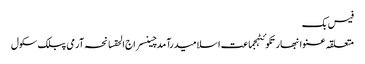
فیس بک
متعلقہ عنوانبھارتکوئٹہجماعت اسلامیدرآمدچینسراج الحقسانحہ آرمی پبلک سکول